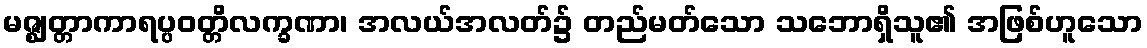
မဇ္ဈတ္တာကာရပ္ပဝတ္တိလက္ခဏာ၊ အလယ်အလတ်၌ တည်မတ်သော သဘောရှိသူ၏ အဖြစ်ဟူသော